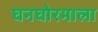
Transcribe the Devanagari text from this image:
घनघोरमाला